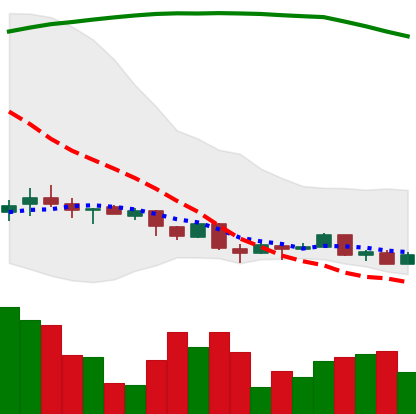
Ticker: XMR-USD
Chart end date: 2018-04-07
Forward return: 12.826%
Label: up_7plus